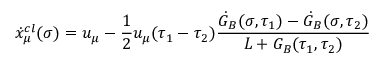
\dot { x } _ { \mu } ^ { c l } ( \sigma ) = u _ { \mu } - { \frac { 1 } { 2 } } u _ { \mu } ( \tau _ { 1 } - \tau _ { 2 } ) \frac { \dot { G } _ { B } ( \sigma , \tau _ { 1 } ) - \dot { G } _ { B } ( \sigma , \tau _ { 2 } ) } { L + G _ { B } ( \tau _ { 1 } , \tau _ { 2 } ) }